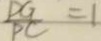
\frac { D G } { P C } = 1